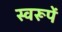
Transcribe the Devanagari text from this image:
स्वरूपें